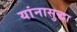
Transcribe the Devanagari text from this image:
यांनासुद्धा